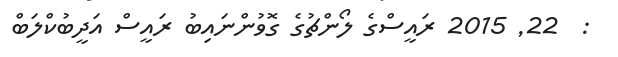
:  22